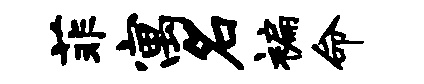
菲寓名褊命